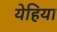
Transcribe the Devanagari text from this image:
येहिया